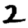
Digit: 2